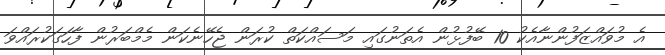
އެ މުވައްޒަފުންނާއެކު 10 ބޭފުޅުން އެތަނުގައި މަސައްކަތް ކުރަން ޖެހޭނެކަން މެމްބަރުން ފާހަގަކުރައްވަ